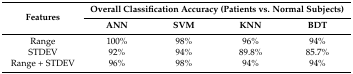
<table><thead><tr><td rowspan="2"><b>Features</b></td><td colspan="4"><b>Overall Classification Accuracy (Patients vs. Normal Subjects)</b></td></tr><tr><td><b>ANN</b></td><td><b>SVM</b></td><td><b>KNN</b></td><td><b>BDT</b></td></tr></thead><tbody><tr><td>Range</td><td>100%</td><td>98%</td><td>96%</td><td>94%</td></tr><tr><td>STDEV</td><td>92%</td><td>94%</td><td>89.8%</td><td>85.7%</td></tr><tr><td>Range + STDEV</td><td>96%</td><td>98%</td><td>94%</td><td>94%</td></tr></tbody></table>